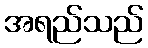
အရည်သည်